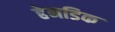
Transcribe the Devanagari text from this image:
हेनडिक